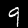
Digit: 9